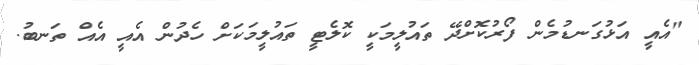
"އެއީ އަޅުގަނޑުމެން ފޯރުކޮށްދޭ ތައުލީމަކީ ކޮލެޓީ ތައުލީމަކަށް ހެދުން އެއީ އެއް ތަނބު.